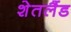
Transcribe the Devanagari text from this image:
शेतलैंड